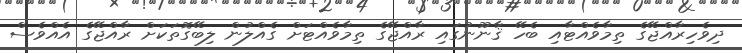
ދިވެހިރާއްޖޭގެ ތިމާވެއްޓާއި ބެހޭ ޤާނޫނުގައި ރާއްޖޭގެ ތިމާވެއްޓަށް ގެއްލުން ލިބޭގޮތަކަށް ރާއްޖޭގެ އެއްވެސް